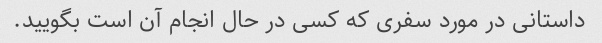
داستانی در مورد سفری که کسی در حال انجام آن است بگویید.